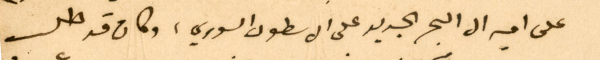
على اميرال البحر الجديد على الاسطول السوري، وكان قد طلب